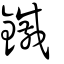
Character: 鏚